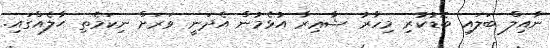
ނާއިލް ބަލައި ބޮޑުކުރި މިހާރު ޝާޢިރާ އުޅެމުން އެދަނީ ވަރަށް ނިކަމެތި ޙާލެއްގައި.